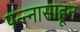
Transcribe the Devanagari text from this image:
पन्‍न्‍नासाहून